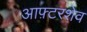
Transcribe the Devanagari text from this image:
आफ़्टरशेव